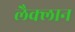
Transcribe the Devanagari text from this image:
लैक्लान